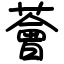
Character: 薈